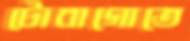
টোবাগোতে